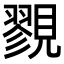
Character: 𧢋